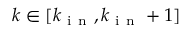
k \in [ k _ { \mathrm { ~ i ~ n ~ } } , k _ { \mathrm { ~ i ~ n ~ } } + 1 ]